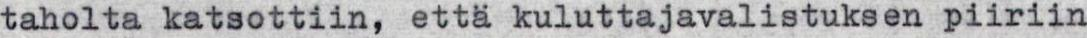
taholta katsottiin, että kuluttajavalistuksen piiriin